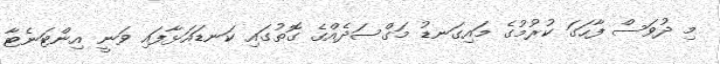
މި ދުވަސް ފާހަގަ ކުރުމުގެ މައިގަނޑު މަގްސަދެއްގެ ގޮތުގައި ކަނޑައަޅާފައި ވަނީ އިންޓަނެޓާ